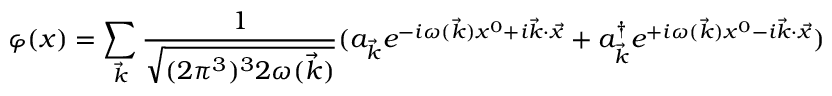
\varphi ( x ) = \sum _ { { \vec { k } } } { \frac { 1 } { \sqrt { ( 2 \pi ^ { 3 } ) ^ { 3 } 2 \omega ( { \vec { k } } ) } } } ( a _ { { \vec { k } } } e ^ { - i \omega ( { \vec { k } } ) x ^ { 0 } + i { \vec { k } } \cdot { \vec { x } } } + a _ { { \vec { k } } } ^ { \dag } e ^ { + i \omega ( { \vec { k } } ) x ^ { 0 } - i { \vec { k } } \cdot { \vec { x } } } )